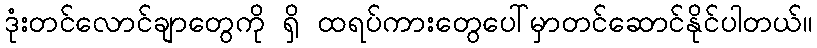
ဒုံးတင်လောင်ချာတွေကို ရှိ ထရပ်ကားတွေပေါ်မှာတင်ဆောင်နိုင်ပါတယ်။